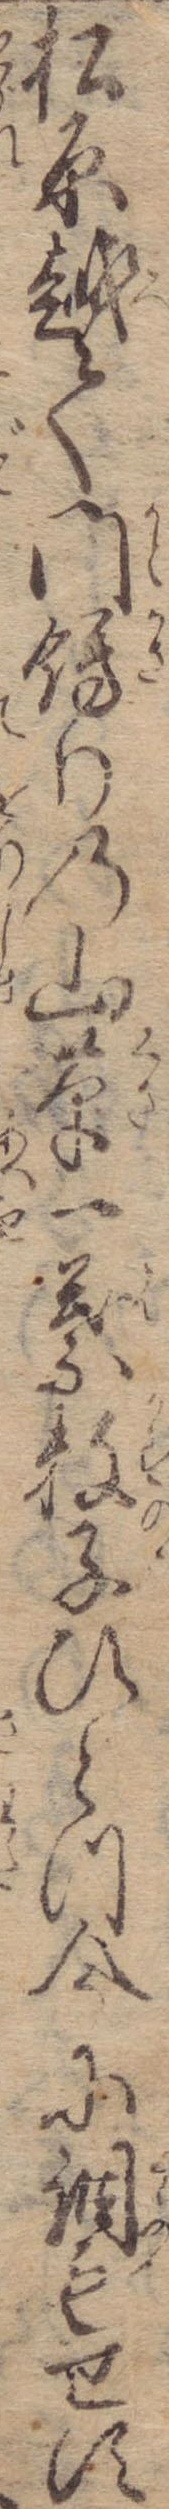
松原越て門飾りの山草一葉数子ひとつ今に調もせす